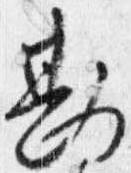
勘